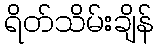
ရိတ်သိမ်းချိန်